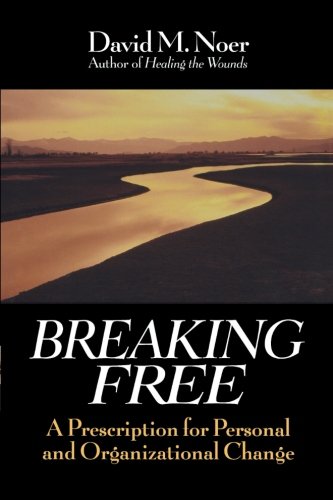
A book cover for Breaking Free: A Prescription for Personal and Organizational Change; David M. Noer; Business & Money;